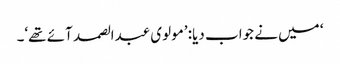
‘ میں نے جواب دیا: ’مولوی عبدالصمد آئے تھے‘۔